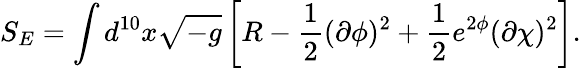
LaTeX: S_{E}=\int d^{10}x\sqrt{-g}\left[R-\frac{1}{2}(\partial\phi)^{2}+\frac{1}{2}e^{2\phi}(\partial\chi)^{2}\right].